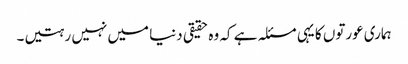
ہماری عورتوں کا یہی مسئلہ ہے کہ وہ حقیقی دنیا میں نہیں رہتیں۔